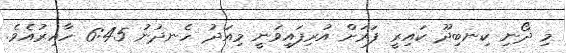
މި ދޯނި ކިނބިދޫ ކައިރީ ފަރަށް އުރިފައިވަނީ މިއަދު ހެނދުނު 6:45 ހާއިރުއެވެ.